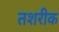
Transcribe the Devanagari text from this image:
तशरीक